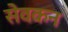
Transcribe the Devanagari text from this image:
सेवकन